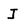
Character: J